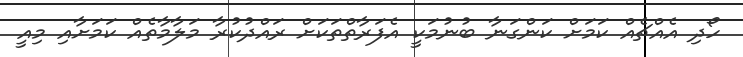
ހޯދި އެއްޗެއް ކަމަށް ކަންގަނާ ބުނުމަކީ އެފަރާތްތަކަށް ރައްދުކުރާ މަލާމާތެއް ކަމަށާއި މިއީ